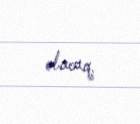
olacaq.